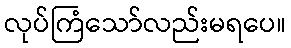
လုပ်ကြံသော်လည်းမရပေ။